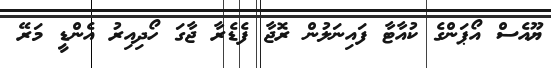
ޔޫއެސް އޯޕަންގެ ކުއާޓާ ފައިނަލުން ރޮޖާ ފެޑެރާ ޖާގަ ހޯދިއިރު އެންޑީ މަރޭ